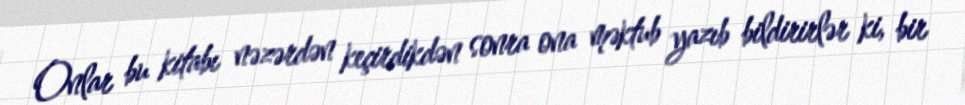
Onlar bu kitabı nəzərdən keçirdikdən sonra ona məktub yazıb bildirirlər ki, bir